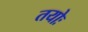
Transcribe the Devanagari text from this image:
तयोः